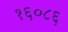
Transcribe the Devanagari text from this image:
१६०८६